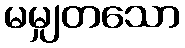
မမျှတသော